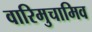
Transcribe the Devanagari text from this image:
वारिमुचामिव